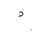
Letter: _dal